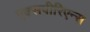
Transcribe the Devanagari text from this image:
एक्सपीरिएन्स